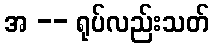
အ -- ရုပ်လည်းသတ်